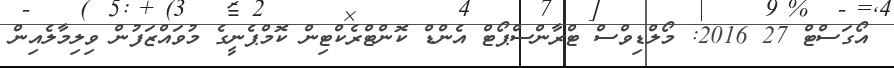
އޯގަސްޓް 27 2016: މޯލްޑިވްސް ޓްރާންސްޕޯޓް އެންޑް ކޮންޓްރެކްޓިން ކޮމްޕެނީގެ މުވައްޒަފުން ވިލިމާލެއިން